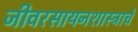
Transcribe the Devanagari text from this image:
जीवरसायनशास्त्राचे